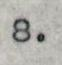
8.